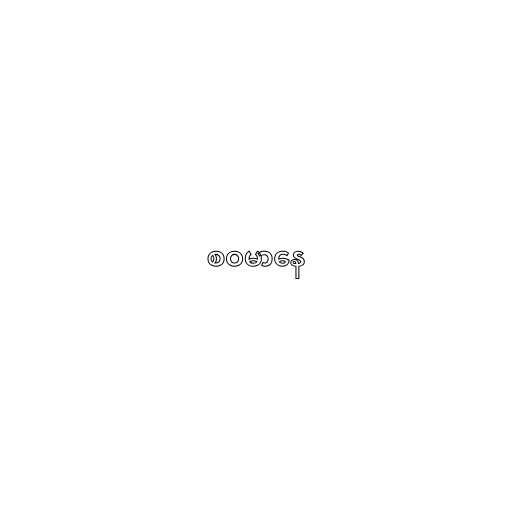
စဝမာနေ